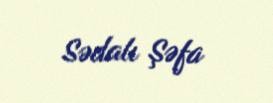
Sədalı Şəfa